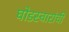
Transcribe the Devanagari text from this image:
घोडस्वारांची